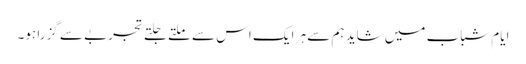
ایامِ شباب میں شاید ہم سے ہر ایک اس سے ملتے جلتے تجربے سے گزرا ہو۔